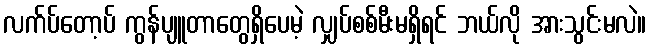
လက်ပ်တော့ပ် ကွန်ပျူတာတွေရှိပေမဲ့ လျှပ်စစ်မီးမရှိရင် ဘယ်လို အားသွင်းမလဲ။